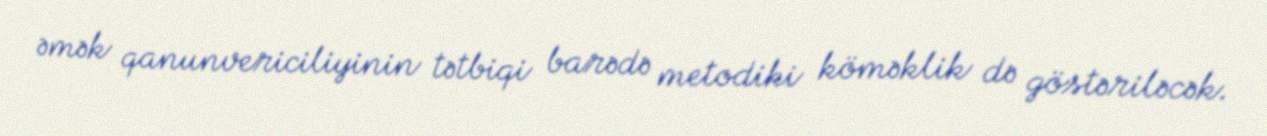
əmək qanunvericiliyinin tətbiqi barədə metodiki köməklik də göstəriləcək.